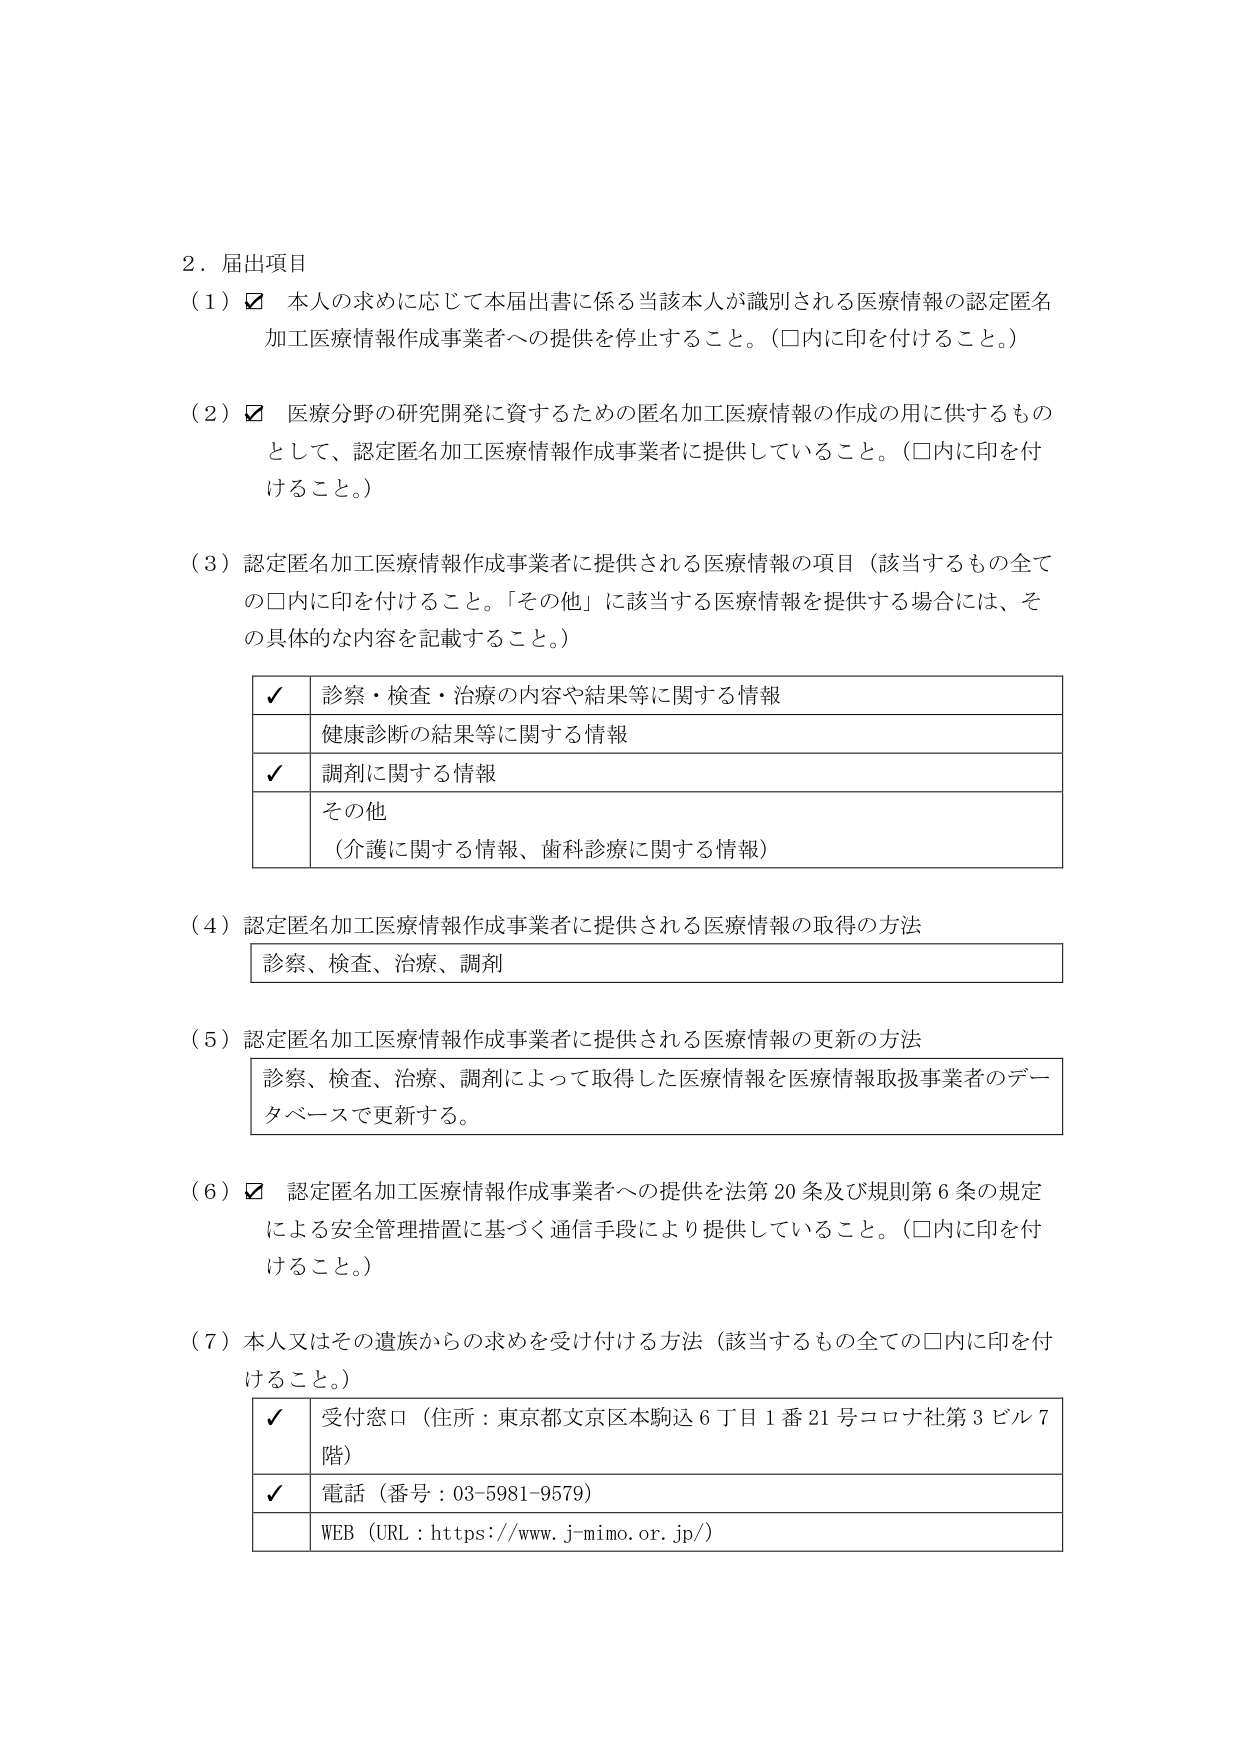
2．届出項目
（1）☑ 本人の求めに応じて本届出書に係る当該本人が識別される医療情報の認定匿名加工医療情報作成事業者への提供を停止すること。（□内に印を付けること。）
（2）☑ 医療分野の研究開発に資するための匿名加工医療情報の作成の用に供するものとして、認定匿名加工医療情報作成事業者に提供していること。（□内に印を付けること。）
（3）認定匿名加工医療情報作成事業者に提供される医療情報の項目（該当するもの全ての□内に印を付けること。「その他」に該当する医療情報を提供する場合には、その具体的な内容を記載すること。）
　　✓ 診察・検査・治療の内容や結果等に関する情報
　　健康診断の結果等に関する情報
　　✓ 調剤に関する情報
　　その他
　　　（介護に関する情報、歯科診療に関する情報）
（4）認定匿名加工医療情報作成事業者に提供される医療情報の取得の方法
　　診察、検査、治療、調剤
（5）認定匿名加工医療情報作成事業者に提供される医療情報の更新の方法
　　診察、検査、治療、調剤によって取得した医療情報を医療情報取扱事業者のデータベースで更新する。
（6）☑ 認定匿名加工医療情報作成事業者への提供を法第20条及び規則第6条の規定による安全管理措置に基づく通信手段により提供していること。（□内に印を付けること。）
（7）本人又はその遺族からの求めを受け付ける方法（該当するもの全ての□内に印を付けること。）
　　✓ 受付窓口（住所：東京都文京区本駒込6丁目1番21号コロナ社第3ビル7階）
　　✓ 電話（番号：03-5981-9579）
　　WEB（URL：https://www.j-mimo.or.jp/）